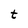
Character: t